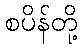
စပိန်တို့